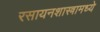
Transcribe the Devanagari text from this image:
रसायनशास्त्रामध्ये